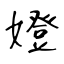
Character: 嬁